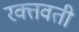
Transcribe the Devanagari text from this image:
रक्तवती